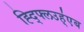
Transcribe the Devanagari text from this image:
ह्द्फ्लिउह्॑एब